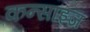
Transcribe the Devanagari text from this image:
कन्साइज